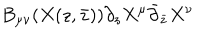
LaTeX: B _ { \mu \nu } ( X ( z , \bar { z } ) ) \partial _ { z } X ^ { \mu } \bar { \partial } _ { \bar { z } } X ^ { \nu }